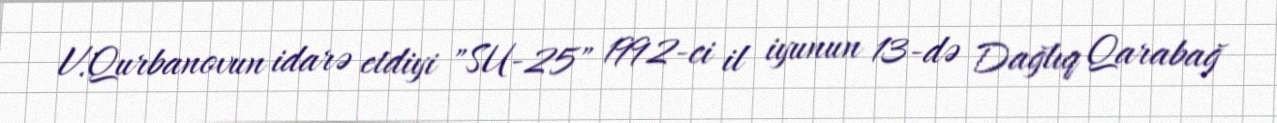
V.Qurbanovun idarə etdiyi "SU-25" 1992-ci il iyunun 13-də Dağlıq Qarabağ